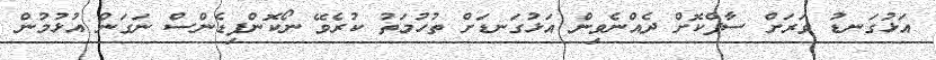
އަޅުގަނޑު ވަރަށް ސާފްކޮށް ދެއްނެވިން އަޅުގަނޑަށް ތުހުމަތު ކުރެވޭ ނޯކޮންފިޑެންސް ނަގަން އުޅުމުން